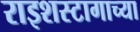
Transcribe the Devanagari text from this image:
राइशस्टागाच्या